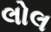
લોલ